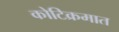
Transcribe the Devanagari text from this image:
कोटिक्रमात